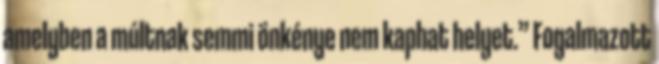
amelyben a múltnak semmi önkénye nem kaphat helyet.” Fogalmazott